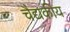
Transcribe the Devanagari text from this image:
चैद्यकीय